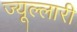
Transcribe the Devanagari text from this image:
ज्यूल्लारी